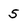
Character: 5